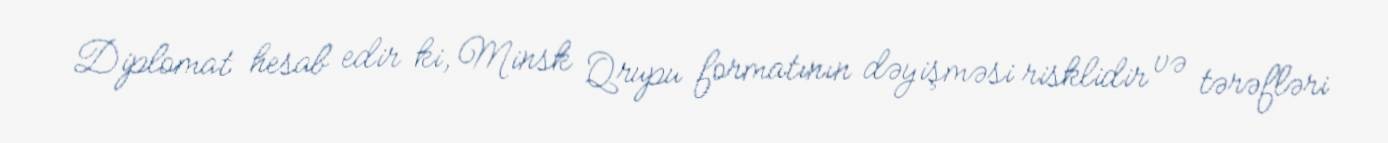
Diplomat hesab edir ki, Minsk Qrupu formatının dəyişməsi risklidir və tərəfləri